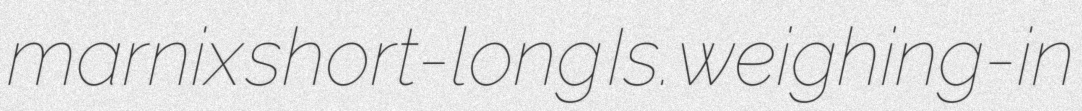
marnix short-long Is. weighing-in